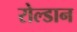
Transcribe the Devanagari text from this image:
रोल्डान